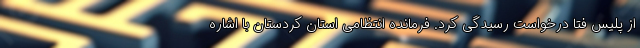
از پلیس فتا درخواست رسیدگی کرد. فرمانده انتظامی استان کردستان با اشاره